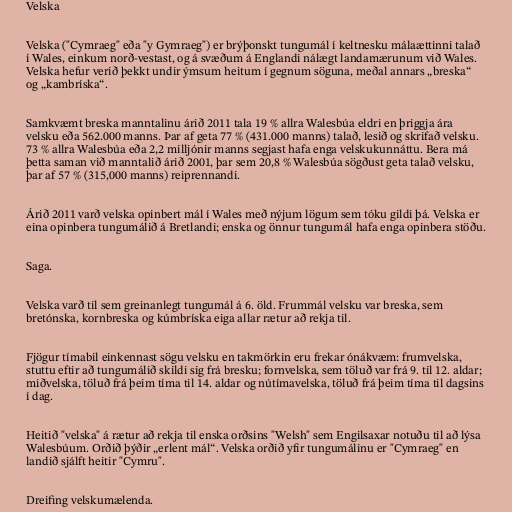
Velska

Velska ("Cymraeg" eða "y Gymraeg") er brýþonskt tungumál í keltnesku málaættinni talað
í Wales, einkum norð-vestast, og á svæðum á Englandi nálægt landamærunum við Wales.
Velska hefur verið þekkt undir ýmsum heitum í gegnum söguna, meðal annars „breska“
og „kambríska“.

Samkvæmt breska manntalinu árið 2011 tala 19 % allra Walesbúa eldri en þriggja ára
velsku eða 562.000 manns. Þar af geta 77 % (431.000 manns) talað, lesið og skrifað velsku.
73 % allra Walesbúa eða 2,2 milljónir manns segjast hafa enga velskukunnáttu. Bera má
þetta saman við manntalið árið 2001, þar sem 20,8 % Walesbúa sögðust geta talað velsku,
þar af 57 % (315,000 manns) reiprennandi.

Árið 2011 varð velska opinbert mál í Wales með nýjum lögum sem tóku gildi þá. Velska er
eina opinbera tungumálið á Bretlandi; enska og önnur tungumál hafa enga opinbera stöðu.

Saga.

Velska varð til sem greinanlegt tungumál á 6. öld. Frummál velsku var breska, sem
bretónska, kornbreska og kúmbríska eiga allar rætur að rekja til.

Fjögur tímabil einkennast sögu velsku en takmörkin eru frekar ónákvæm: frumvelska,
stuttu eftir að tungumálið skildi sig frá bresku; fornvelska, sem töluð var frá 9. til 12. aldar;
miðvelska, töluð frá þeim tíma til 14. aldar og nútímavelska, töluð frá þeim tíma til dagsins
í dag.

Heitið "velska" á rætur að rekja til enska orðsins "Welsh" sem Engilsaxar notuðu til að lýsa
Walesbúum. Orðið þýðir „erlent mál“. Velska orðið yfir tungumálinu er "Cymraeg" en
landið sjálft heitir "Cymru".

Dreifing velskumælenda.